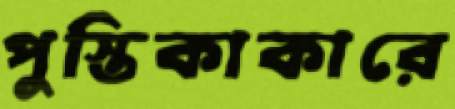
পুস্তিকাকারে